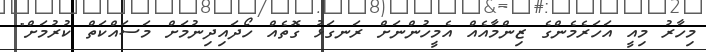
މިހާރު މިއީ އަހަރެމެންގެ ޒިންމާއެއް އެމީހުންނަށް ރަނގަޅު ގޮތެއް ހޯދައިދިނުމަށް މަސައްކަތް ކުރުމަށް"